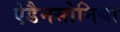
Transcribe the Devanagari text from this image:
ऐडैनसोनिया